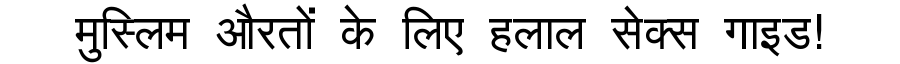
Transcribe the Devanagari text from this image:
मुस्लिम औरतों के लिए हलाल सेक्स गाइड!